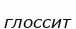
глоссит